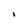
Character: I